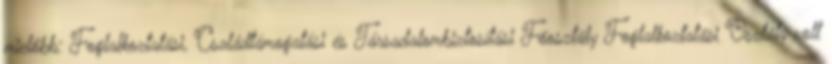
mielőbb: Foglalkoztatási, Családtámogatási és Társadalombiztosítási Főosztály Foglalkoztatási Osztály volt